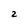
Character: 2